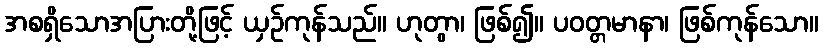
အစရှိသောအပြားတို့ဖြင့် ယှဉ်ကုန်သည်။ ဟုတွာ၊ ဖြစ်၍။ ပဝတ္တမာနာ၊ ဖြစ်ကုန်သော။